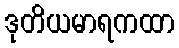
ဒုတိယမာရကထာ